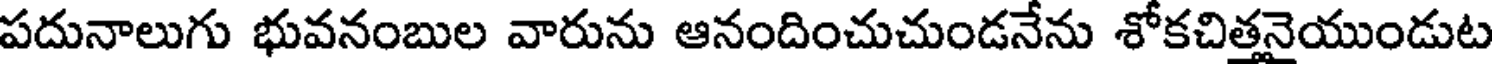
పదునాలుగు భువనంబుల వారును ఆనందించుచుండనేను శోకచిత్తనైయుండుట